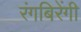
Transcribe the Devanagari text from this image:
रंगबिरेंगी